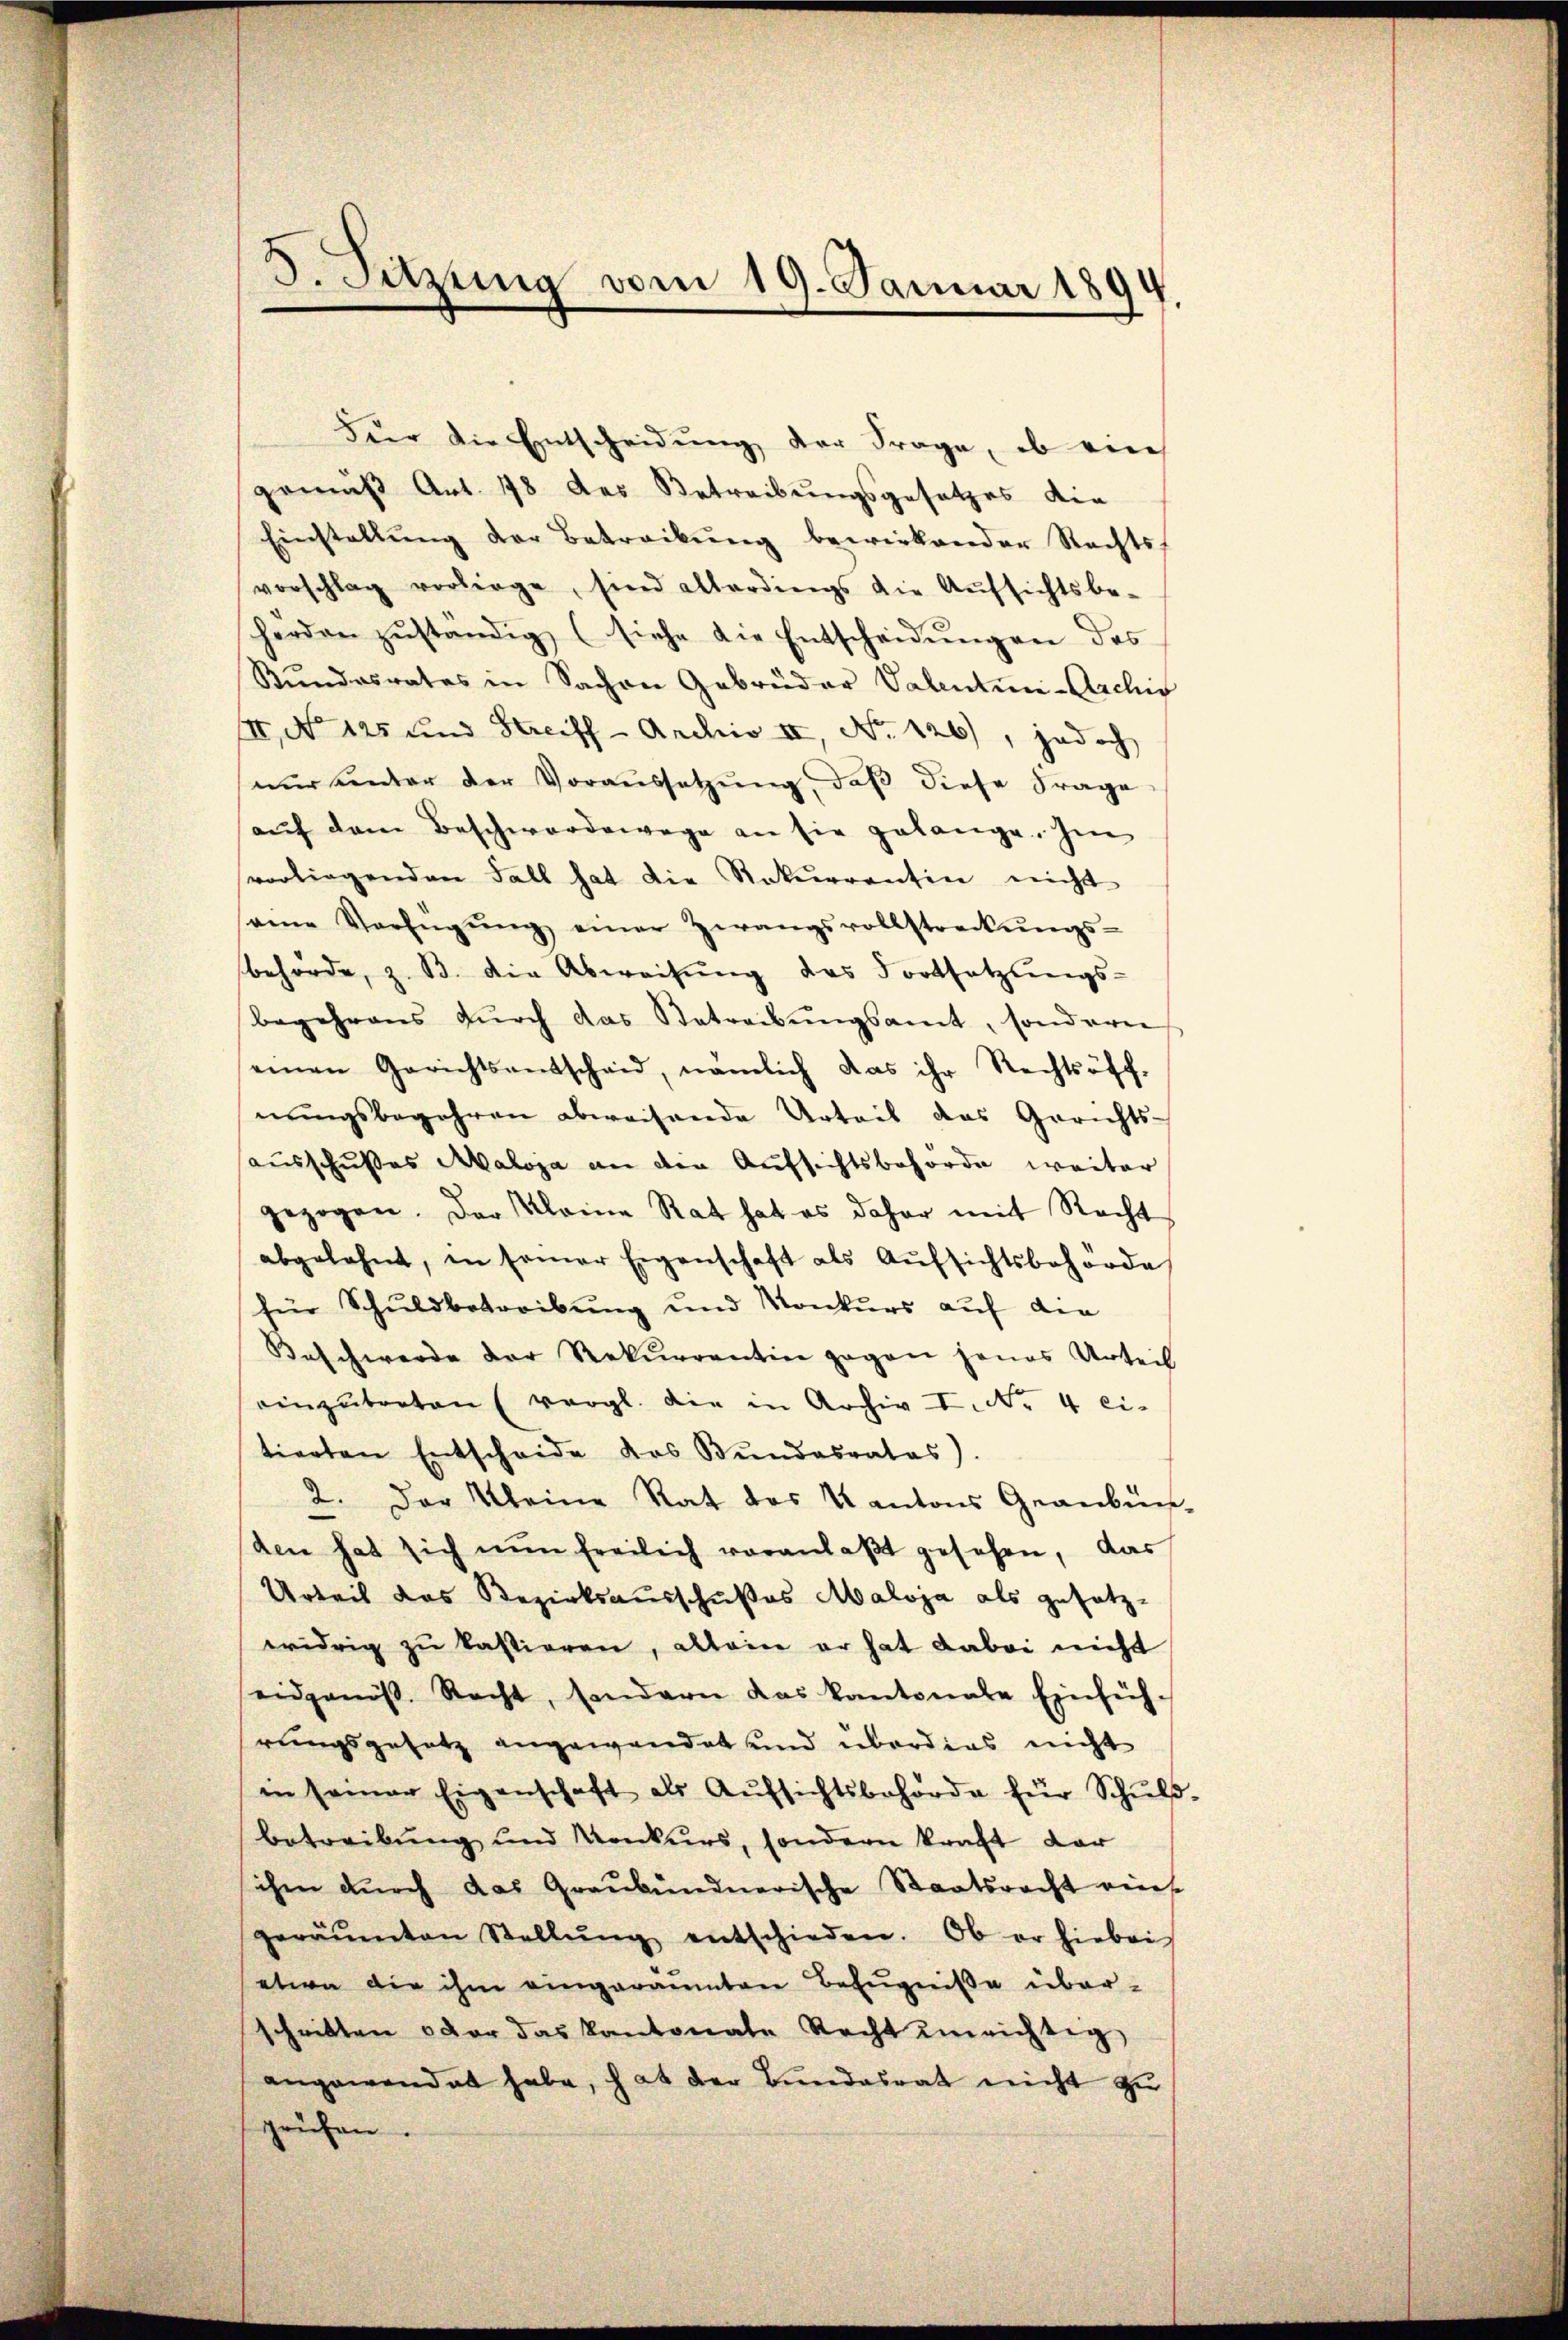
herden zŭständig, (siehe die Entscheidŭngen des
Stŭndesrates in Sachen Gebrüder Valentini-Archiv
III, No 125 und Streiff- Archiv II, No 126), jedoch
nŭr einter der Voraŭssetzŭng, daβ diese Frage
aŭf dem Beschwerdewege an sie gelange. Im
vorliegenden Fall hat die Rekurrentin nicht
same Verfügŭng einer Zwangsvollstreckŭngs-
behörde, z. B. die Abweisŭng des Fortsetzŭngs-
begehrens dŭrch das Betreibŭngsamt, sondern
einen Gerichtsentscheid, nämlich das ihr Rechtsöff-
nŭngsbegehren abweisende Urteil das Gerichts-
ausschußes Maloja an die Aufsichtsbehörde weiter
gezogen. Der Kleine Rat hat es daher mit Recht
abgelehnt, in samer Eigenschaft als Aŭfsichtsbehörde
für Schuldbetreibŭng und Konkurs auf die
Beschwerde der Rekurrentin gegen jenes Urteil
einzŭtreten (vergl. die in Archiv I. Nr. 4 ci-
tierten Entscheide des Bundesrates).
2. Der Kleine Rat des Kantons Graubün-
e
den hat sich nŭn freilich veranlaβt gesehen, das
Urteil das Bezirksausschußes Maloja als gesetz-
widrig zu kastieren, allein er hat dabei nicht
eidgenös. Recht, sondern das Kantonale Einfüh-
rungsgesetz angewandet und überdies nicht
in seiner Eigenschaft als Aŭfsichtsbehörde für Schŭld-
betreibung und Konkurs, sondern kraft dar
sichen dŭrch das Graubündnerische Staatsracht eins
geräumten Stellŭng entschieden. Ob er hiebei
etwa die ihm eingeräumten Befugniße über-
schritten oder das Kantonale Recht einrichtig,
angewendet habe, hat der Bundesrat nicht zu
prüfen.

3. Sitzung vom 19. Januar 1894

Für die Entscheidung der Frage, ob ein
gemäß Art. 18 des Betreibungsgesetzes die
Einstellŭng der Betreibŭng bewirkender Rechts
vorschlag vorliege, sind allerdings die Aŭfsichtsbe-